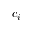
c _ { i }